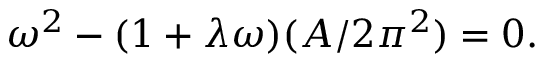
\omega ^ { 2 } - ( 1 + \lambda \omega ) ( A / 2 \pi ^ { 2 } ) = 0 .